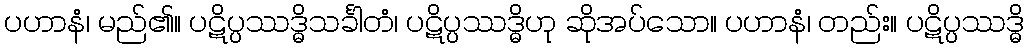
ပဟာနံ၊ မည်၏။ ပဋိပ္ပဿဒ္ဓိသင်္ခါတံ၊ ပဋိပ္ပဿဒ္ဓိဟု ဆိုအပ်သော။ ပဟာနံ၊ တည်း။ ပဋိပ္ပဿဒ္ဓိ